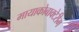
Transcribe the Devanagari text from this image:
मायाकोबाक्टेरीम